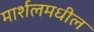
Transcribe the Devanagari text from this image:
मार्शलमधील